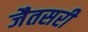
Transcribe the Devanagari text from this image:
जैतसरी